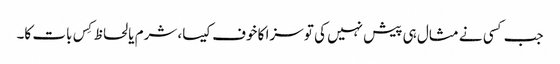
جب کسی نے مثال ہی پیش نہیں کی تو سزا کا خوف کیسا، شرم یا لحاظ کِس بات کا۔